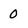
Character: 0